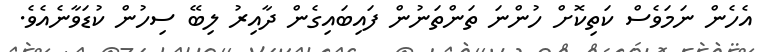
އެހެން ނަމަވެސް ކަތިކޮށް ހުންނަ ތަންތަނުން ފައިބައިގެން ދާއިރު ލިބޭ ސިހުން ކުޑަވާނެއެވެ.